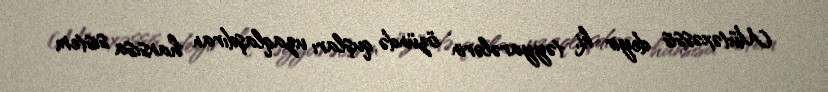
Mütəxəssis deyir ki, təyyarələrin özündə quşları uzaqlaşdıran hansısa sistem